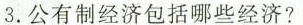
3.公有制经济包括哪些经济?